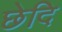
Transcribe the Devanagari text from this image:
छेदि